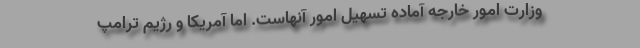
وزارت امور خارجه آماده تسهیل امور آنهاست. اما آمریکا و رژیم ترامپ